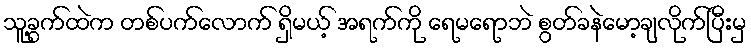
သူ့ခွက်ထဲက တစ်ပက်လောက် ရှိမယ့် အရက်ကို ရေမရောဘဲ စွတ်ခနဲမော့ချလိုက်ပြီးမှ